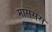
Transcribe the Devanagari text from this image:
मार्सेसेंस